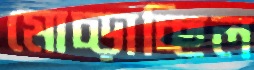
মোচ্‌ড়াচ্ছিল